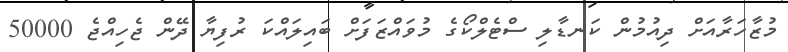
މުޒާހަރާއަށް ދިއުމުން ކަނޑާލި ސްޓެލްކޯގެ މުވައްޒަފަށް ބައިލައްކަ ރުފިޔާ ދޭން ޖެހިއްޖެ 50000